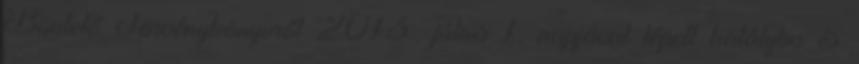
Büntető Törvénykönyvről 2013. július 1. napjával lépett hatályba és